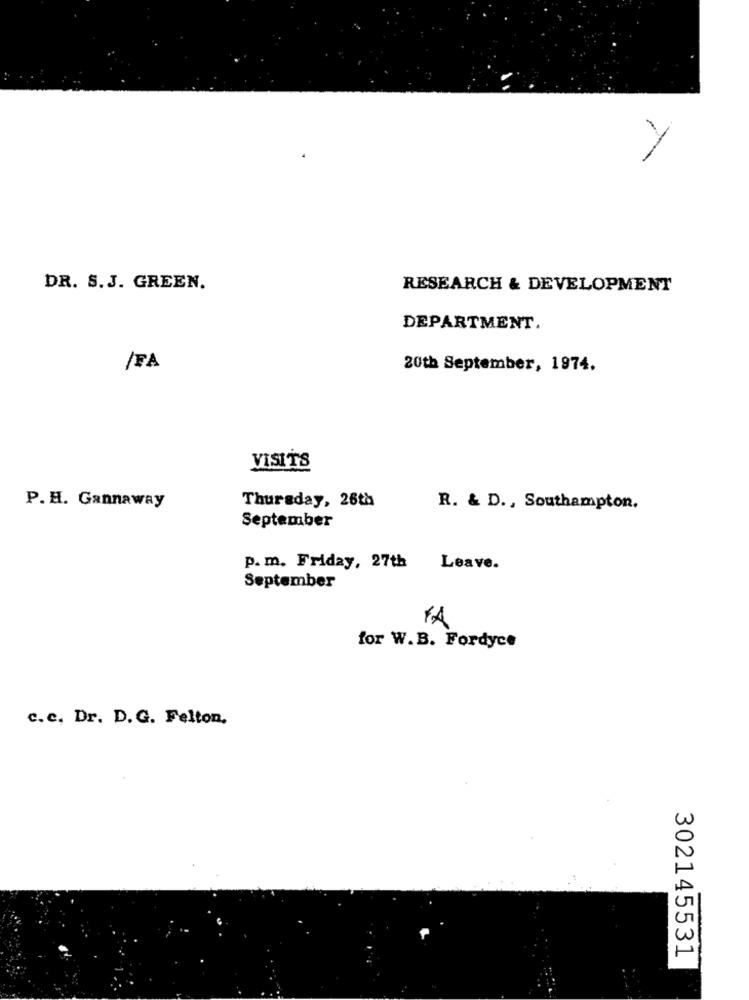
DR. S.J. GREEN.
RESEARCH & DEVELOPMENT
DEPARTMENT.
/FA
20th September, 1974.
VISITS
Thursday, 26th
P. H. Gannaway
R. & D ., Southampton.
September
p. m. Friday, 27th
Leave.
September
YA
for W.B. Fordyce
c.c. Dr. D. G. Felton.
302145531